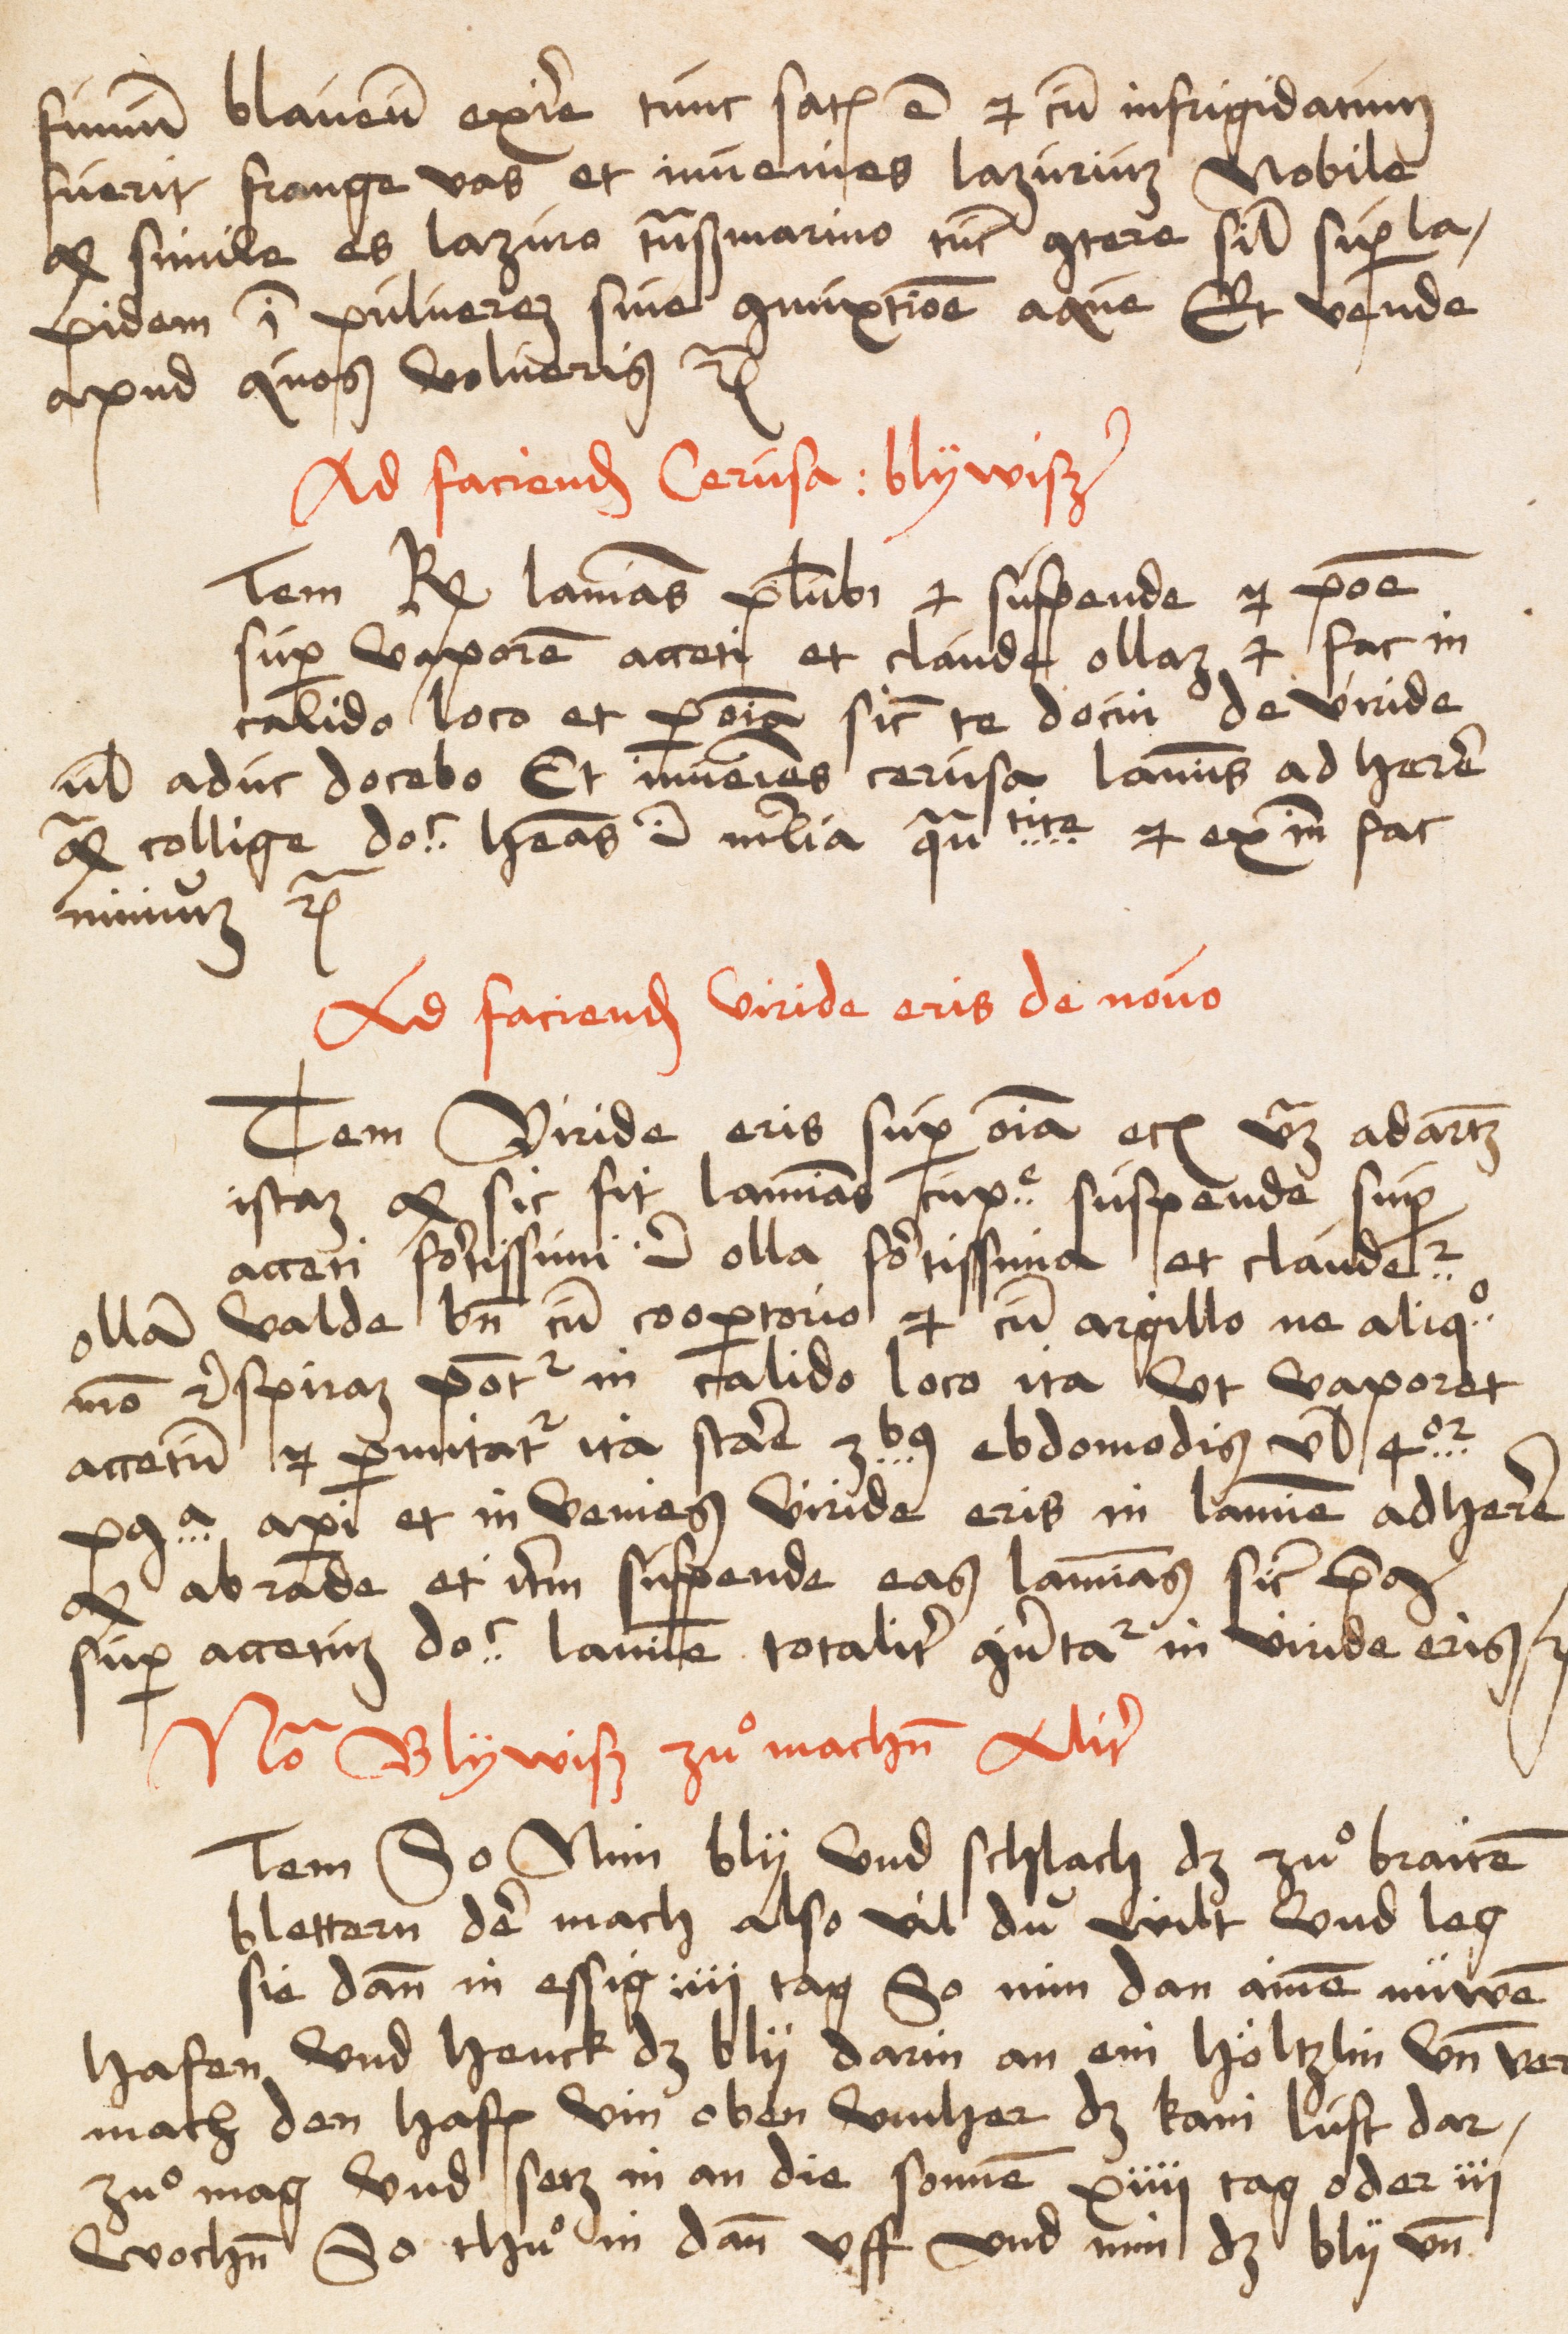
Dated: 1485–1515